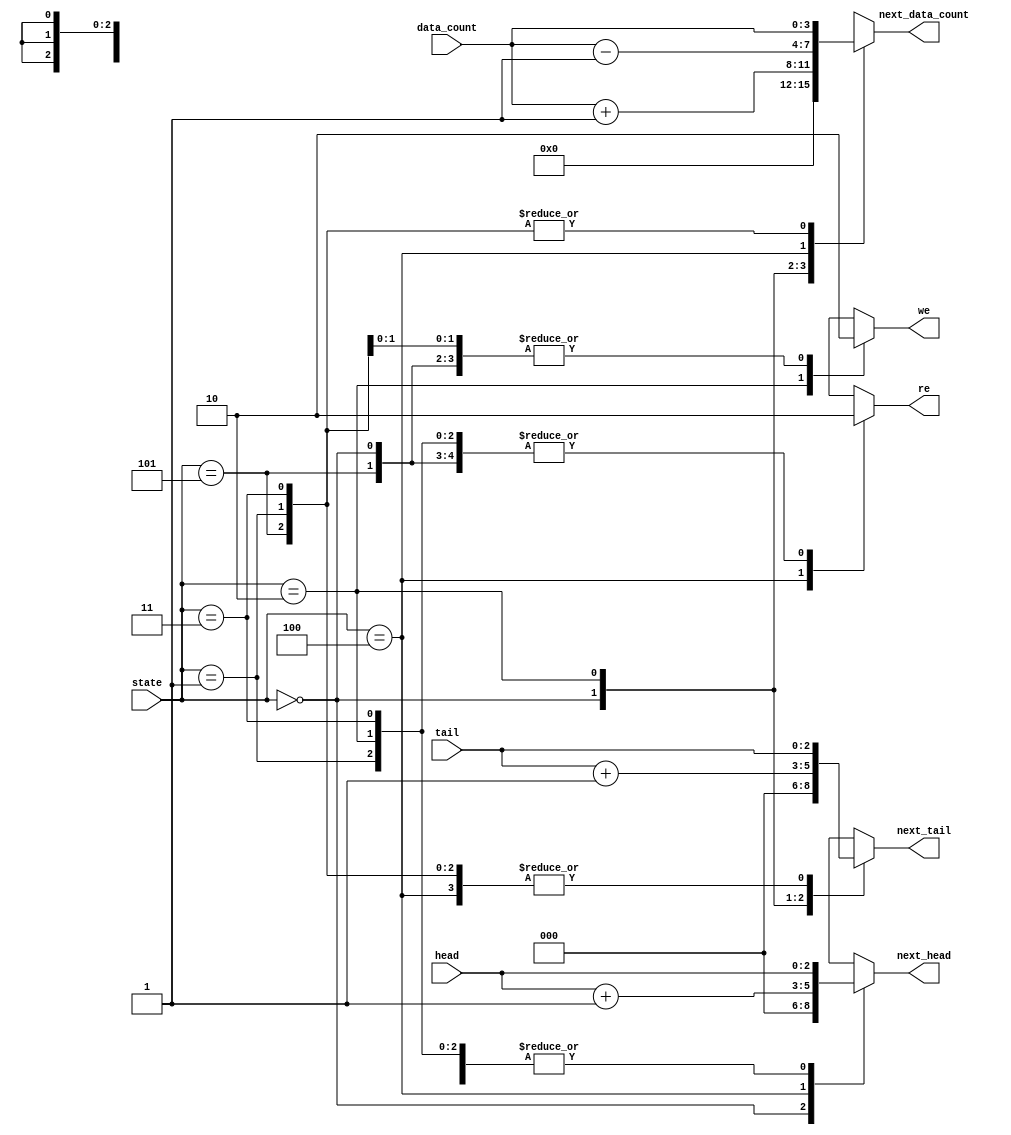
// calculate address logic
module fifo_cal_addr(state, head, tail, data_count, we, re, next_head, next_tail, next_data_count);
	input[2:0] state, head, tail;
	input[3:0] data_count;
	output reg we, re;
	output reg[2:0] next_head, next_tail;
	output reg[3:0] next_data_count;

	parameter INIT 		= 3'b000;
	parameter NO_OP 		= 3'b001;
	parameter WRITE 		= 3'b010;
	parameter WR_ERROR 	= 3'b011;
	parameter READ 		= 3'b100;
	parameter RD_ERROR 	= 3'b101;

	always@(*)
	begin
		case(state)
		INIT: begin
			next_head=0;
			next_tail=0;
			next_data_count=0;
			we=0;
			re=0;
			end
		NO_OP: begin
			next_head = head;
			next_tail=tail;
			next_data_count=data_count;
			we=0;
			re=0;
			end
		WRITE: begin
			next_head = head;
			next_tail = tail + 3'b1;
			next_data_count = data_count + 4'b1;
			we=1;
			re=0;
			end
		WR_ERROR: begin
			next_head = head;
			next_tail=tail;
			next_data_count=data_count;
			we=0;
			re=0;
			end
		READ: begin
			next_head = head + 3'b1;
			next_tail = tail;
			next_data_count = data_count - 4'b1;
			we=0;
			re=1;
			end
		RD_ERROR: begin
			next_head = head;
			next_tail=tail;
			next_data_count=data_count;
			we=0;
			re=0;
			end
		default: begin
			next_head=3'bx;
			next_tail=3'bx;
			next_data_count=4'bx;
			we=1'bx;
			re=1'bx;
			end
		endcase
	end
endmodule